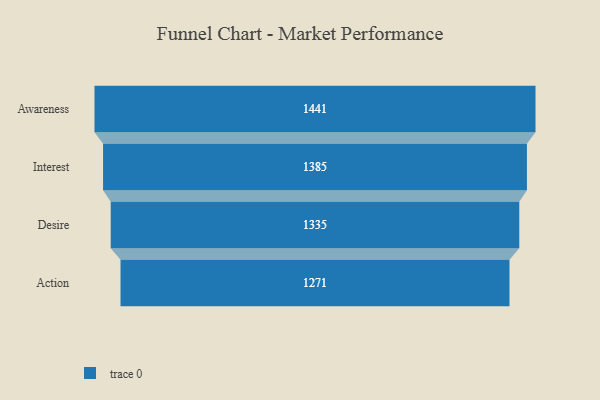
{"axis": {"x": "Stage", "y": "Value"}, "legend": [""], "data": [{"x": "Awareness", "y": 1441.0, "type": ""}, {"x": "Interest", "y": 1385.0, "type": ""}, {"x": "Desire", "y": 1335.0, "type": ""}, {"x": "Action", "y": 1271.0, "type": ""}]}